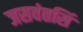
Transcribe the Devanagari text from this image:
जसवंतसिं